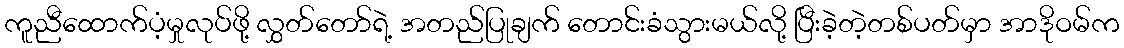
ကူညီထောက်ပံ့မှုလုပ်ဖို့ လွှတ်တော်ရဲ့ အတည်ပြုချက် တောင်းခံသွားမယ်လို့ ပြီးခဲ့တဲ့တစ်ပတ်မှာ အာဒိုဝမ်က